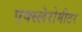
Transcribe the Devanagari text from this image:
एक्स्लेरोमीटर